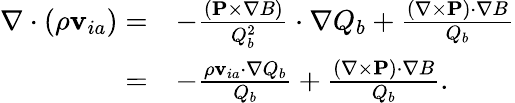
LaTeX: \begin{array}{rl}{\nabla\cdot(\rho{\mathbf v}_{ia})=}&{-\frac{({\mathbf P}\times\nabla B)}{Q_{b}^{2}}\cdot\nabla Q_{b}+\frac{(\nabla\times{\mathbf P})\cdot\nabla B}{Q_{b}}}\\ {=}&{-\frac{\rho{\mathbf v}_{ia}\cdot\nabla Q_{b}}{Q_{b}}+\frac{(\nabla\times{\mathbf P})\cdot\nabla B}{Q_{b}}.}\end{array}